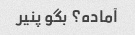
آماده؟ بگو پنیر